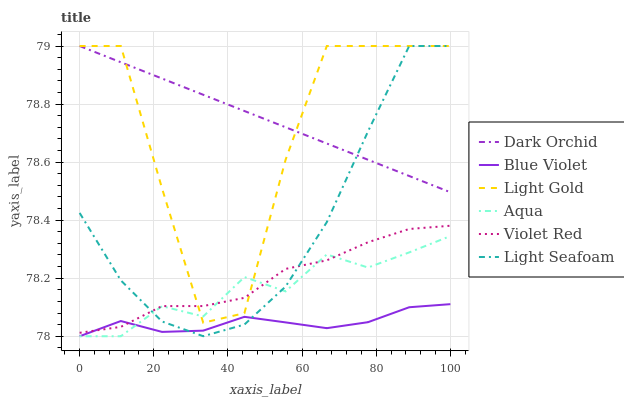
| xaxis_label | Dark Orchid | Blue Violet | Light Gold | Aqua | Violet Red | Light Seafoam |
 | --- | --- | --- | --- | --- | --- | --- |
 | 0 | 79 | 78 | 79 | 78 | 78 | 78.4 |
 | 11.1 | 78.9 | 78.1 | 79 | 78 | 78 | 78.2 |
 | 22.2 | 78.9 | 78 | 78.5 | 78.1 | 78.1 | 78.1 |
 | 33.3 | 78.8 | 78 | 78 | 78.1 | 78.1 | 78 |
 | 44.4 | 78.8 | 78.1 | 78.1 | 78.2 | 78.1 | 78 |
 | 55.6 | 78.7 | 78 | 78.6 | 78.2 | 78.2 | 78.2 |
 | 66.7 | 78.7 | 78 | 79 | 78.3 | 78.3 | 78.4 |
 | 77.8 | 78.6 | 78 | 79 | 78.2 | 78.3 | 78.7 |
 | 88.9 | 78.6 | 78.1 | 79 | 78.3 | 78.4 | 79 |
 | 100 | 78.5 | 78.1 | 79 | 78.3 | 78.4 | 79 |